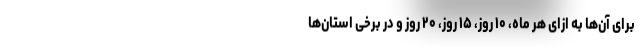
برای آن‌ها به ازای هر ماه، ۱۰ روز، ۱۵ روز، ۲۰ روز و در برخی استان‌ها